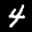
Label: 4